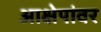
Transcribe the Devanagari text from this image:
आक्षेपांवर